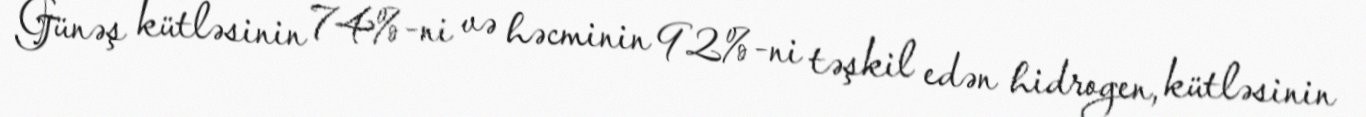
Günəş kütləsinin 74%-ni və həcminin 92%-ni təşkil edən hidrogen, kütləsinin